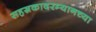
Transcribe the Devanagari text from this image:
सहस्रकादरम्यानच्या